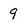
Character: 9